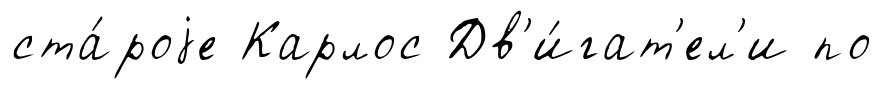
ста́роjе Карлос Дв'и́гат'ел'и по